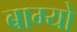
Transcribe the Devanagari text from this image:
बाग्यो